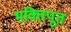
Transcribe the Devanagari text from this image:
भक्तिपूत